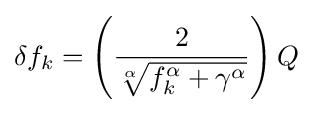
\delta f_{k}=\left({\frac {2}{\sqrt[{\alpha }]{f_{k}^{\alpha }+\gamma ^{\alpha }}}}\right)Q